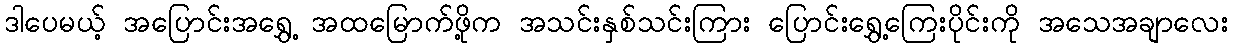
ဒါပေမယ့် အပြောင်းအရွှေ့ အထမြောက်ဖို့က အသင်းနှစ်သင်းကြား ပြောင်းရွှေ့ကြေးပိုင်းကို အသေအချာလေး